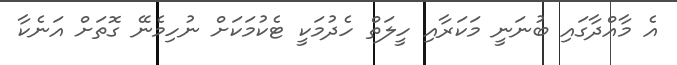
އެ މާއްދާގައި ބުނަނީ މަކަރާއި ހީލަތް ހެދުމަކީ ޓެކުމަކަށް ނުހިިމެނޭ ގޮތަށް އަނެކާ